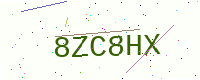
Text: 8ZC8HX